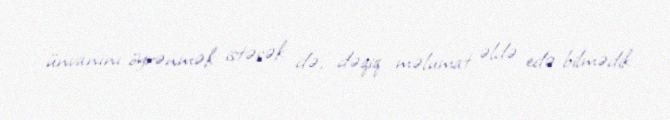
ünvanını öyrənmək istəsək də, dəqiq məlumat əldə edə bilmədik.